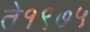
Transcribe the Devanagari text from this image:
ते१९७५